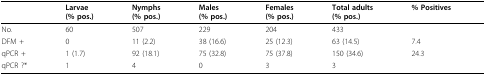
<table><thead><tr><td></td><td><b>Larvae(% pos.)</b></td><td><b>Nymphs(% pos.)</b></td><td><b>Males(% pos.)</b></td><td><b>Females(% pos.)</b></td><td><b>Total adults(% pos.)</b></td><td><b>% Positives</b></td></tr></thead><tbody><tr><td>No.</td><td>60</td><td>507</td><td>229</td><td>204</td><td>433</td><td></td></tr><tr><td>DFM +</td><td>0</td><td>11 (2.2)</td><td>38 (16.6)</td><td>25 (12.3)</td><td>63 (14.5)</td><td>7.4</td></tr><tr><td>qPCR +</td><td>1 (1.7)</td><td>92 (18.1)</td><td>75 (32.8)</td><td>75 (37.8)</td><td>150 (34.6)</td><td>24.3</td></tr><tr><td>qPCR ?*</td><td>1</td><td>4</td><td>0</td><td>3</td><td>3</td><td></td></tr></tbody></table>